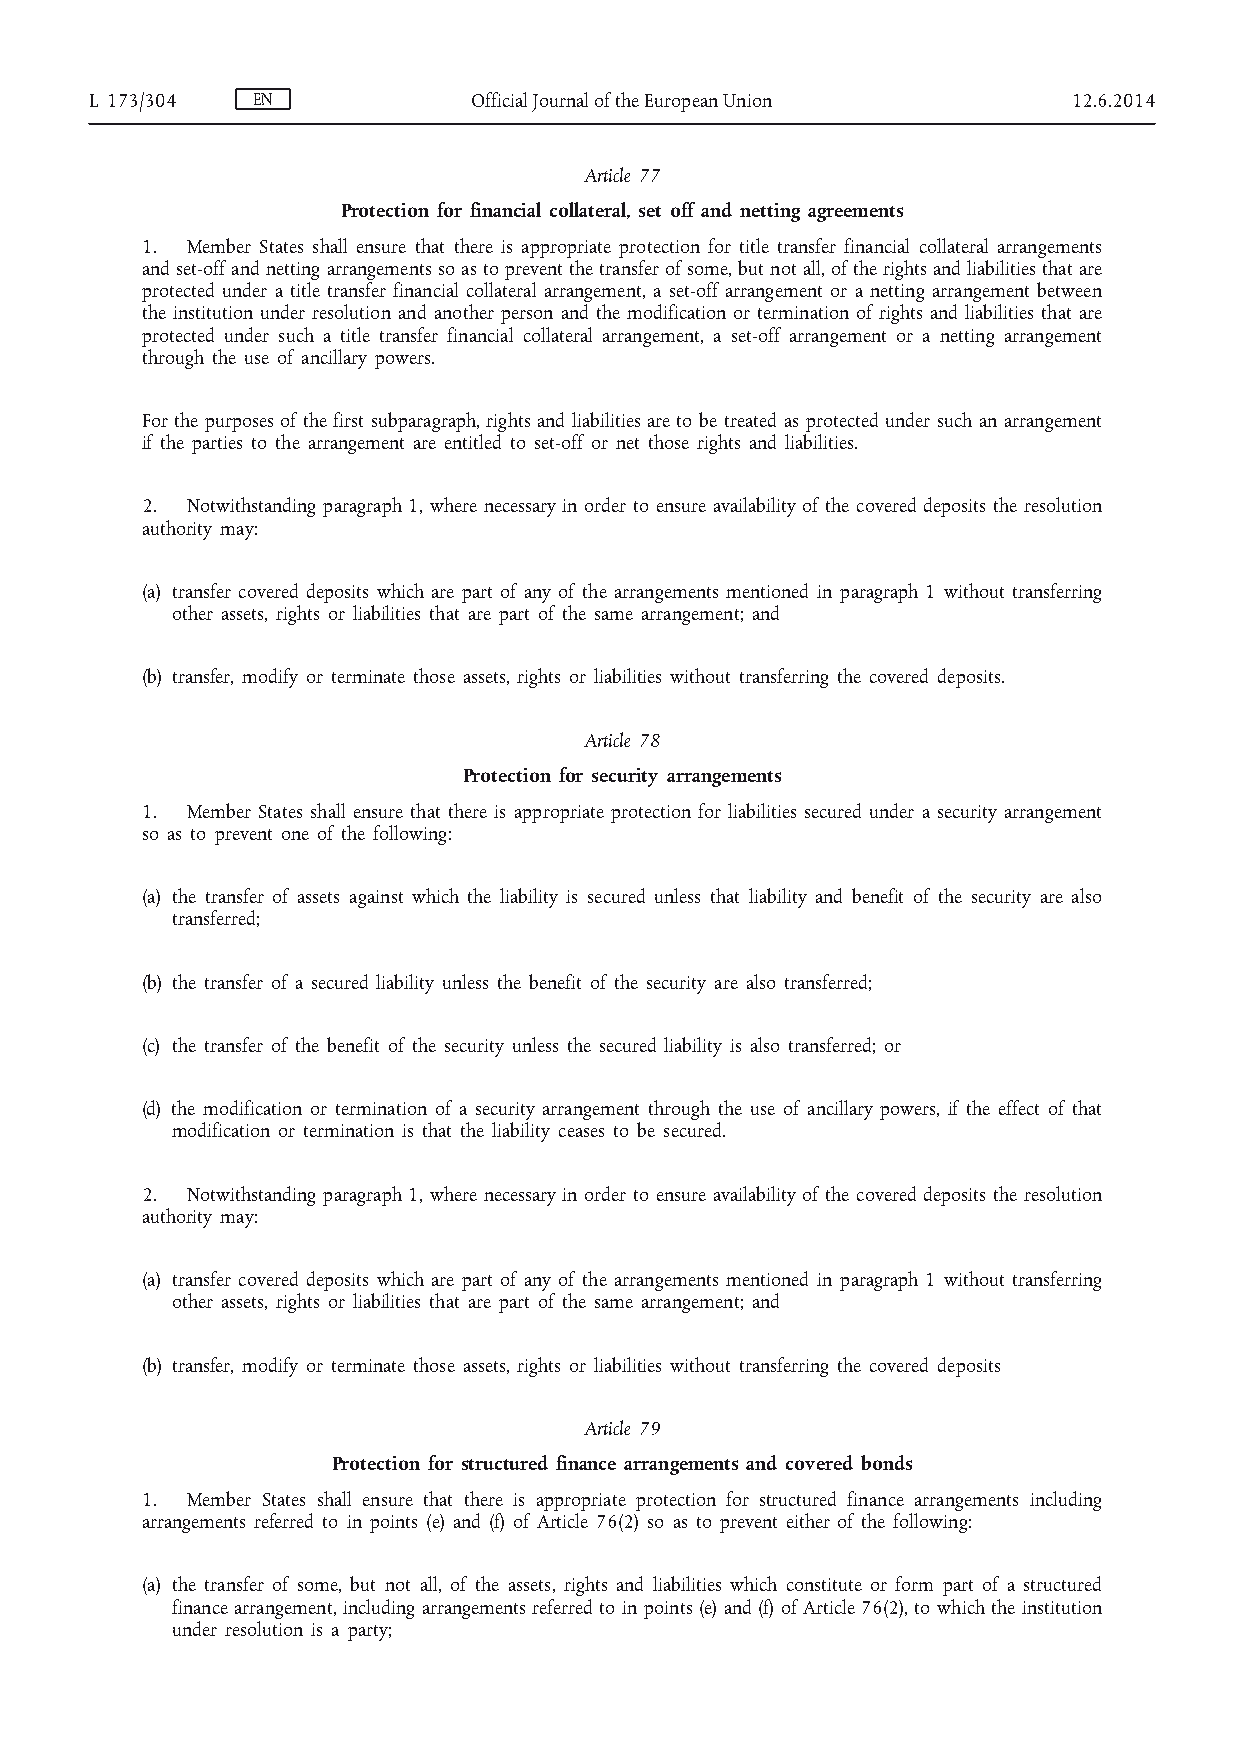
L 173/304  EN            Official Journal of the European Union  12.6.2014
 Article 77
 Protection for financial collateral, set off and netting agreements
 1. Member States shall ensure that there is appropriate protection for title transfer financial collateral arrangements
 and set-off and netting arrangements so as to prevent the transfer of some, but not all, of the rights and liabilities that are
 protected under a title transfer financial collateral arrangement, a set-off arrangement or a netting arrangement between
 the institution under resolution and another person and the modification or termination of rights and liabilities that are
 protected under such a title transfer financial collateral arrangement, a set-off arrangement or a netting arrangement
 through the use of ancillary powers.
 For the purposes of the first subparagraph, rights and liabilities are to be treated as protected under such an arrangement
 if the parties to the arrangement are entitled to set-off or net those rights and liabilities.
 2. Notwithstanding paragraph 1, where necessary in order to ensure availability of the covered deposits the resolution
 authority may:
 (a) transfer covered deposits which are part of any of the arrangements mentioned in paragraph 1 without transferring
 other assets, rights or liabilities that are part of the same arrangement; and
 (b) transfer, modify or terminate those assets, rights or liabilities without transferring the covered deposits.
 Article 78
 Protection for security arrangements
 1. Member States shall ensure that there is appropriate protection for liabilities secured under a security arrangement
 so as to prevent one of the following:
 (a) the transfer of assets against which the liability is secured unless that liability and benefit of the security are also
 transferred;
 (b) the transfer of a secured liability unless the benefit of the security are also transferred;
 (c) the transfer of the benefit of the security unless the secured liability is also transferred; or
 (d) the modification or termination of a security arrangement through the use of ancillary powers, if the effect of that
 modification or termination is that the liability ceases to be secured.
 2. Notwithstanding paragraph 1, where necessary in order to ensure availability of the covered deposits the resolution
 authority may:
 (a) transfer covered deposits which are part of any of the arrangements mentioned in paragraph 1 without transferring
 other assets, rights or liabilities that are part of the same arrangement; and
 (b) transfer, modify or terminate those assets, rights or liabilities without transferring the covered deposits
 Article 79
 Protection for structured finance arrangements and covered bonds
 1. Member States shall ensure that there is appropriate protection for structured finance arrangements including
 arrangements referred to in points (e) and (f) of Article 76(2) so as to prevent either of the following:
 (a) the transfer of some, but not all, of the assets, rights and liabilities which constitute or form part of a structured
 finance arrangement, including arrangements referred to in points (e) and (f) of Article 76(2), to which the institution
 under resolution is a party;